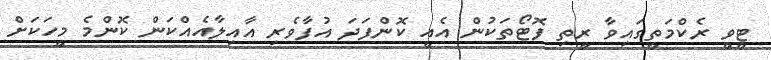
ޓީވީ ރެކްމަތީގައިވާ ރީތި ފޮޓޯތަކުން އެއީ ކޮންފަދަ އުފާވެރި އާއިލާއެއްކަން ކޮންމެ މީހަކަށް